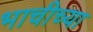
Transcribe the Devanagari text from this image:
भाचीच्या